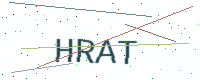
Text: HRAT